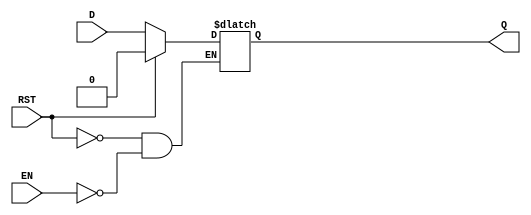
module async_register (
    input wire D,      // Data Input
    input wire EN,     // Enable Signal
    input wire RST,    // Asynchronous Reset
    output reg Q       // Data Output
);

// Asynchronous behavior
always @(*) begin
    if (RST) begin
        Q <= 1'b0;    // Reset Q to 0 when RST is high
    end else if (EN) begin
        Q <= D;       // Capture D when EN is high
    end
    // If RST is low and EN is low, Q retains its previous value
end

endmodule